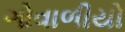
ગોવાળીયો